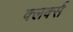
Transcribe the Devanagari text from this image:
क्लर्क्स